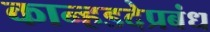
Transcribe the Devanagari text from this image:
कान्हडदेप्रबंध